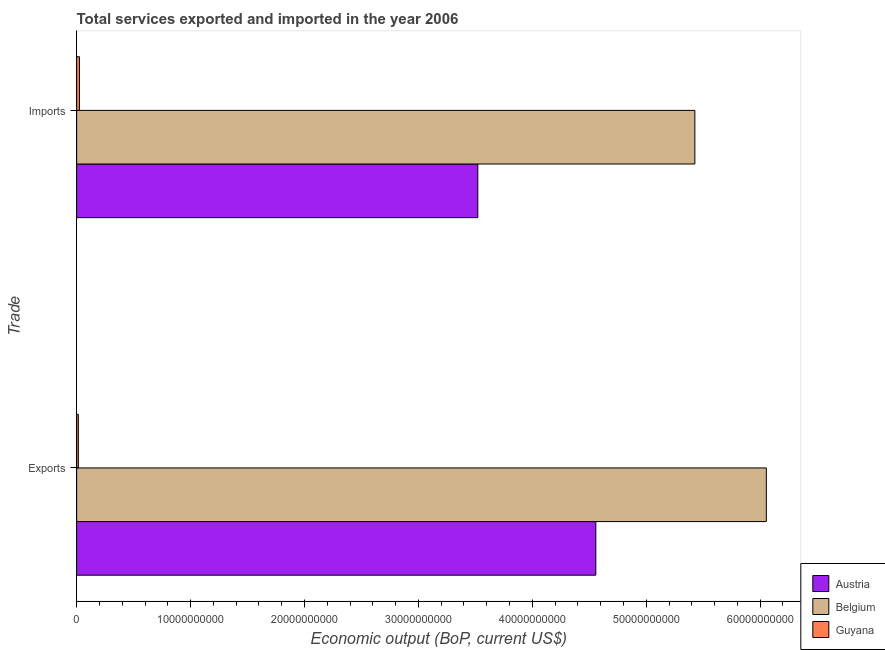
| Trade | Austria | Belgium | Guyana |
 | --- | --- | --- | --- |
 | Exports | 4.56e+10 | 6.05e+10 | 1.48e+08 |
 | Imports | 3.52e+10 | 5.43e+10 | 2.45e+08 |